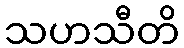
သဟသီတိ